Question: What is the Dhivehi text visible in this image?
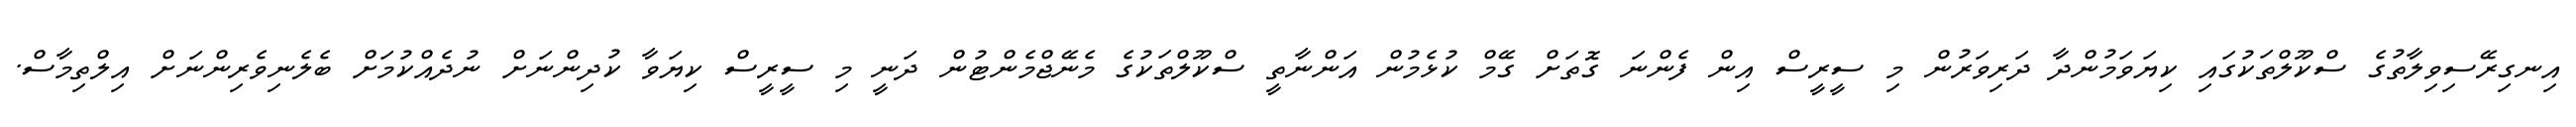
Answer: އިނގިރޭސިވިލާތުގެ ސްކޫލްތަކުގައި ކިޔަވަމުންދާ ދަރިވަރުން މި ސީރީސް އިން ފެންނަ ގޮތަށް ގޭމް ކުޅެމުން އަންނާތީ ސްކޫލްތަކުގެ މެނޭޖްމެންޓުން ދަނީ މި ސީރީސް ކިޔަވާ ކުދިންނަށް ނުދެއްކުމަށް ބެލެނިވެރިންނަށް އިލްތިމާސް.